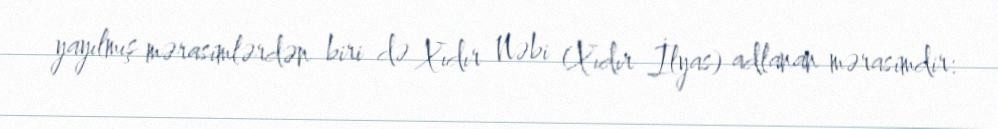
yayılmış mərasimlərdən biri də Xıdır Nəbi (Xıdır İlyas) adlanan mərasimdir: